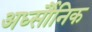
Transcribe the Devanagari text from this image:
अर्ध्सौनिक